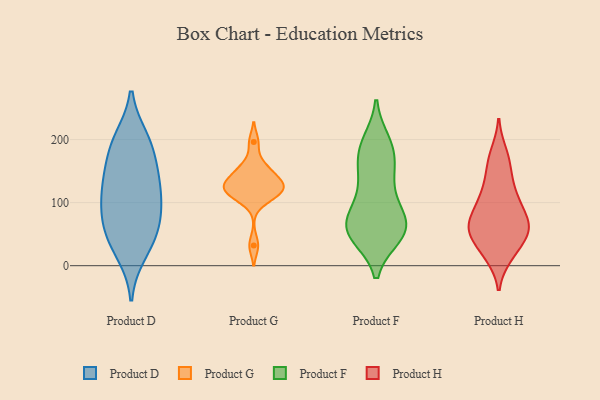
{"axis": {"x": "Energy Usage (MWh)", "y": "Value"}, "legend": ["Product D", "Product F", "Product G", "Product H"], "data": [{"x": "", "y": 144, "type": "Product D"}, {"x": "", "y": 57, "type": "Product D"}, {"x": "", "y": 140, "type": "Product D"}, {"x": "", "y": 200, "type": "Product D"}, {"x": "", "y": 191, "type": "Product D"}, {"x": "", "y": 86, "type": "Product D"}, {"x": "", "y": 21, "type": "Product D"}, {"x": "", "y": 104, "type": "Product D"}, {"x": "", "y": 38, "type": "Product D"}, {"x": "", "y": 133, "type": "Product D"}, {"x": "", "y": 58, "type": "Product D"}, {"x": "", "y": 191, "type": "Product D"}, {"x": "", "y": 97, "type": "Product D"}, {"x": "", "y": 138, "type": "Product G"}, {"x": "", "y": 134, "type": "Product G"}, {"x": "", "y": 196, "type": "Product G"}, {"x": "", "y": 109, "type": "Product G"}, {"x": "", "y": 107, "type": "Product G"}, {"x": "", "y": 127, "type": "Product G"}, {"x": "", "y": 154, "type": "Product G"}, {"x": "", "y": 32, "type": "Product G"}, {"x": "", "y": 117, "type": "Product G"}, {"x": "", "y": 158, "type": "Product G"}, {"x": "", "y": 121, "type": "Product G"}, {"x": "", "y": 128, "type": "Product G"}, {"x": "", "y": 47, "type": "Product F"}, {"x": "", "y": 90, "type": "Product F"}, {"x": "", "y": 55, "type": "Product F"}, {"x": "", "y": 62, "type": "Product F"}, {"x": "", "y": 57, "type": "Product F"}, {"x": "", "y": 71, "type": "Product F"}, {"x": "", "y": 138, "type": "Product F"}, {"x": "", "y": 192, "type": "Product F"}, {"x": "", "y": 149, "type": "Product F"}, {"x": "", "y": 149, "type": "Product F"}, {"x": "", "y": 85, "type": "Product F"}, {"x": "", "y": 106, "type": "Product F"}, {"x": "", "y": 53, "type": "Product F"}, {"x": "", "y": 196, "type": "Product F"}, {"x": "", "y": 182, "type": "Product F"}, {"x": "", "y": 182, "type": "Product F"}, {"x": "", "y": 49, "type": "Product F"}, {"x": "", "y": 53, "type": "Product F"}, {"x": "", "y": 140, "type": "Product H"}, {"x": "", "y": 98, "type": "Product H"}, {"x": "", "y": 41, "type": "Product H"}, {"x": "", "y": 54, "type": "Product H"}, {"x": "", "y": 179, "type": "Product H"}, {"x": "", "y": 18, "type": "Product H"}, {"x": "", "y": 71, "type": "Product H"}, {"x": "", "y": 162, "type": "Product H"}, {"x": "", "y": 53, "type": "Product H"}, {"x": "", "y": 114, "type": "Product H"}, {"x": "", "y": 15, "type": "Product H"}, {"x": "", "y": 55, "type": "Product H"}, {"x": "", "y": 70, "type": "Product H"}, {"x": "", "y": 106, "type": "Product H"}, {"x": "", "y": 70, "type": "Product H"}]}